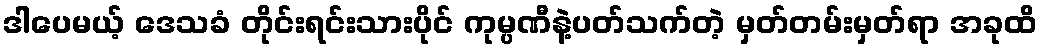
ဒါပေမယ့် ဒေသခံ တိုင်းရင်းသားပိုင် ကုမ္ပဏီနဲ့ပတ်သက်တဲ့ မှတ်တမ်းမှတ်ရာ အခုထိ